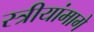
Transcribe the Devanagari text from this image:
स्त्रीयांमागे